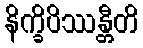
နိက္ခိပိဿန္တီတိ